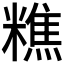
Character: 𥼚